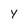
Character: y